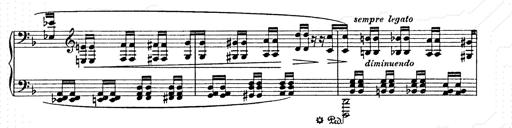
Title: AnnÃ©es de pÃ¨lerinage II
Composer: Franz Liszt